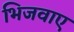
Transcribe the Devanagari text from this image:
भिजवाए